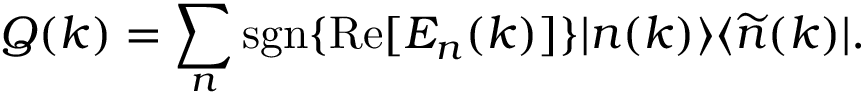
{ \cal Q } ( k ) = \sum _ { n } \mathrm { s g n } \{ \mathrm { R e } [ E _ { n } ( k ) ] \} | n ( k ) \rangle \langle \widetilde { n } ( k ) | .